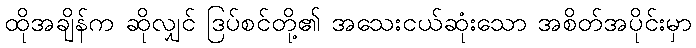
ထိုအချိန်က ဆိုလျှင် ဒြပ်စင်တို့၏ အသေးငယ်ဆုံးသော အစိတ်အပိုင်းမှာ